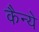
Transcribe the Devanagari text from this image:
कैन्ये